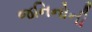
જનિનોની